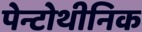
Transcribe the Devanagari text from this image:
पेन्टोथीनिक